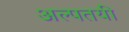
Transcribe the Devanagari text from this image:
अल्पतयी